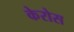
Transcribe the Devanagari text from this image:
केरोस